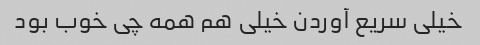
خیلی سریع آوردن خیلی هم همه چی خوب بود